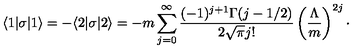
\langle 1 | \sigma | 1 \rangle = - \langle 2 | \sigma | 2 \rangle = - m \sum _ { j = 0 } ^ { \infty } { \frac { ( - 1 ) ^ { j + 1 } \Gamma ( j - 1 / 2 ) } { 2 \sqrt { \pi } j ! } } \left( { \frac { \Lambda } { m } } \right) ^ { 2 j } \cdotp